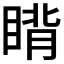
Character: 𬑜